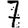
Digit: 7